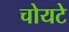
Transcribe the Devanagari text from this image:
चोयटे